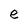
Character: e